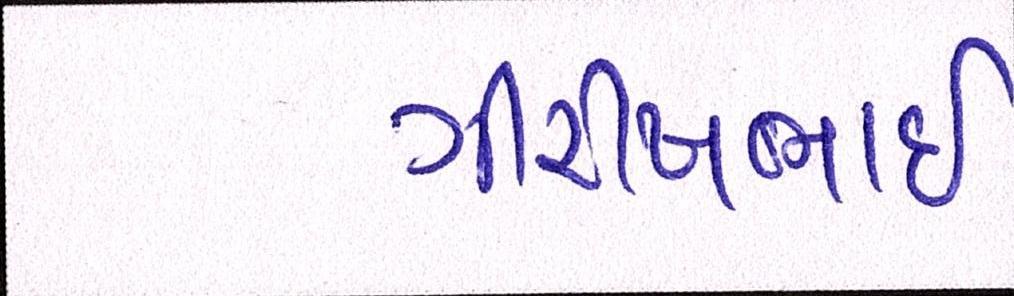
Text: ગીરીષભાઈ